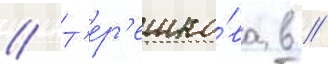
// Т'ер'ешко́ва в //